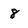
Character: 8